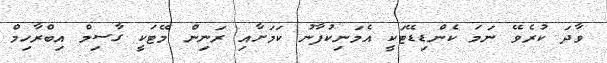
ވާދަ ކުރެވޭ ނަމަ ކެންޑިޑޭޓަކީ އެމަނިކުފާނު ކަމަށާއި ރަނިން މޭޓަކީ ގާސިމް އިބްރާހިމް